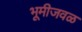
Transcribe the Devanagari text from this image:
भूमीजवळ